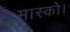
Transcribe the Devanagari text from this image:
मास्को।